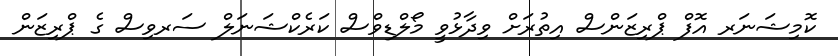
ކޮމިޝަނަރ އޮފް ޕްރިޒަންސް އިތުރަށް ވިދާޅުވީ މޯލްޑިވްސް ކަރެކްޝަނަލް ސަރވިސް ގެ ޕްރިޒަން